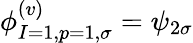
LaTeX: \phi_{I=1,p=1,\sigma}^{(v)}=\psi_{2\sigma}